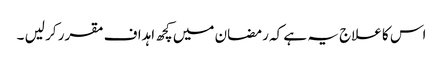
اس کا علاج یہ ہے کہ رمضان میں کچھ اہداف مقرر کر لیں ۔